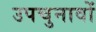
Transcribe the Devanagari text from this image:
उपचुनावों